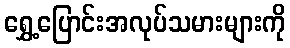
ရွှေ့ပြောင်းအလုပ်သမားများကို